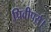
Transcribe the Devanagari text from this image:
प्रिवीपर्स।